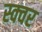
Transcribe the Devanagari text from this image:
स्क्वर